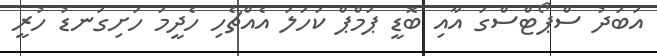
އަބަދު ސްޕޯޓްސްގަ އާއި ބޮޑީ ޕަމްޕް ކަހަލަ އެއްޗެހި ހެދީމަ ހަށިގަނޑު ހުރީ